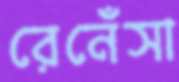
রেনেঁসা